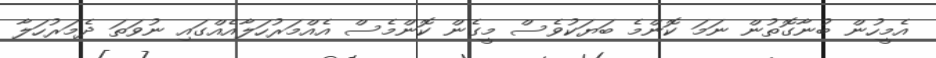
އެމީހުން ބުނާގޮތުން ނަމަ ކޮންމެ ބަޔަކުވެސް މީގެން ކޮންމެސް އެއްމަރުހަލާއެއްގައި ނުވަތަ ދެމަރުހަލާ